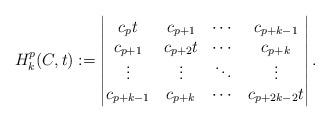
LaTeX: \begin{align*}H_{k}^{p}(C,t):=\begin{vmatrix} c_pt & c_{p+1}&\cdots & c_{p+k-1} \\ c_{p+1} & c_{p+2}t& \cdots & c_{p+k}\\ \vdots & \vdots &\ddots & \vdots\\ c_{p+k-1} & c_{p+k} & \cdots & c_{p+2k-2}t\end{vmatrix}.\end{align*}